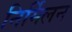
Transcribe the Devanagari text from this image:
निर्मिलन